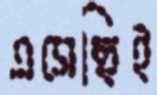
এসেছিই